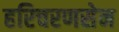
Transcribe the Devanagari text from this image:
हरिचरणसेन